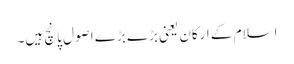
اسلام کے ارکان یعنی بڑے بڑے اصول پانچ ہیں۔